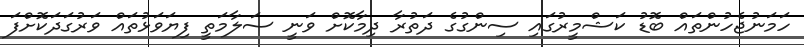
ހަމަނުޖެހުންތައް ބޮޑު ކަޝްމީރުގައި ސިންގުގެ ދަތުރާ ދިމާކޮށް ވަނީ ސަލާމަތީ ފިޔަވަޅުތައް ވަރުގަދަކޮށްފަ